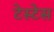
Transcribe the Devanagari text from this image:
टेस्टेस